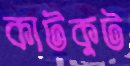
কাটকুট